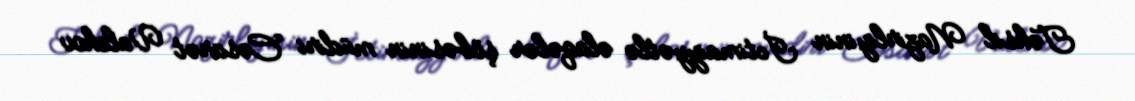
Təhsil Nazirliyinin İctimaiyyətlə əlaqələr şöbəsinin müdiri Cəsarət Valehov